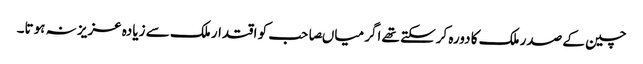
چین کے صدر ملک کا دورہ کرسکتے تھے اگر میاںصاحب کو اقتدار ملک سے زیادہ عزیز نہ ہوتا۔